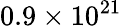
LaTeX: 0.9\times 10^{21}